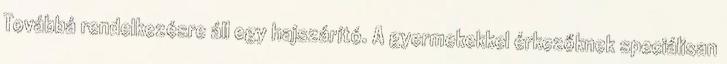
Továbbá rendelkezésre áll egy hajszárító. A gyermekekkel érkezőknek speciálisan